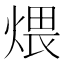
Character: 煨